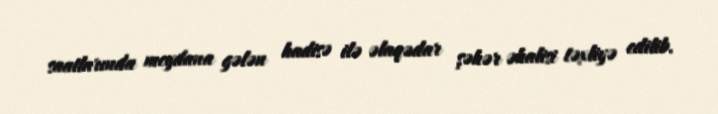
saatlarında meydana gələn hadisə ilə əlaqədar şəhər əhalisi təxliyə edilib.